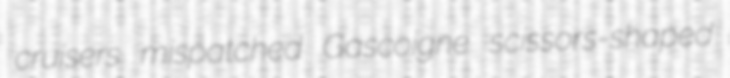
cruisers mispatched Gascoigne scissors-shaped